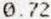
0.72